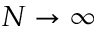
N \to \infty